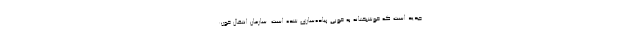
جدید است که خوشبختانه به خوبی پیاده‌سازی شده است. سازمان انتقال خون: